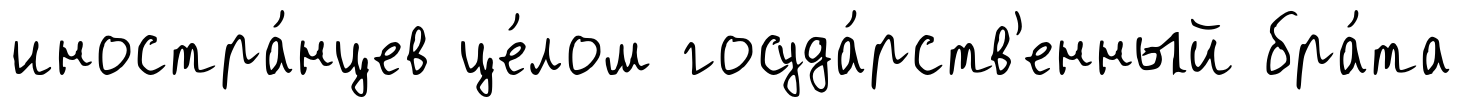
иностра́нцев це́лом госуда́рств'енный бра́та